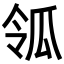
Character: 𤫲